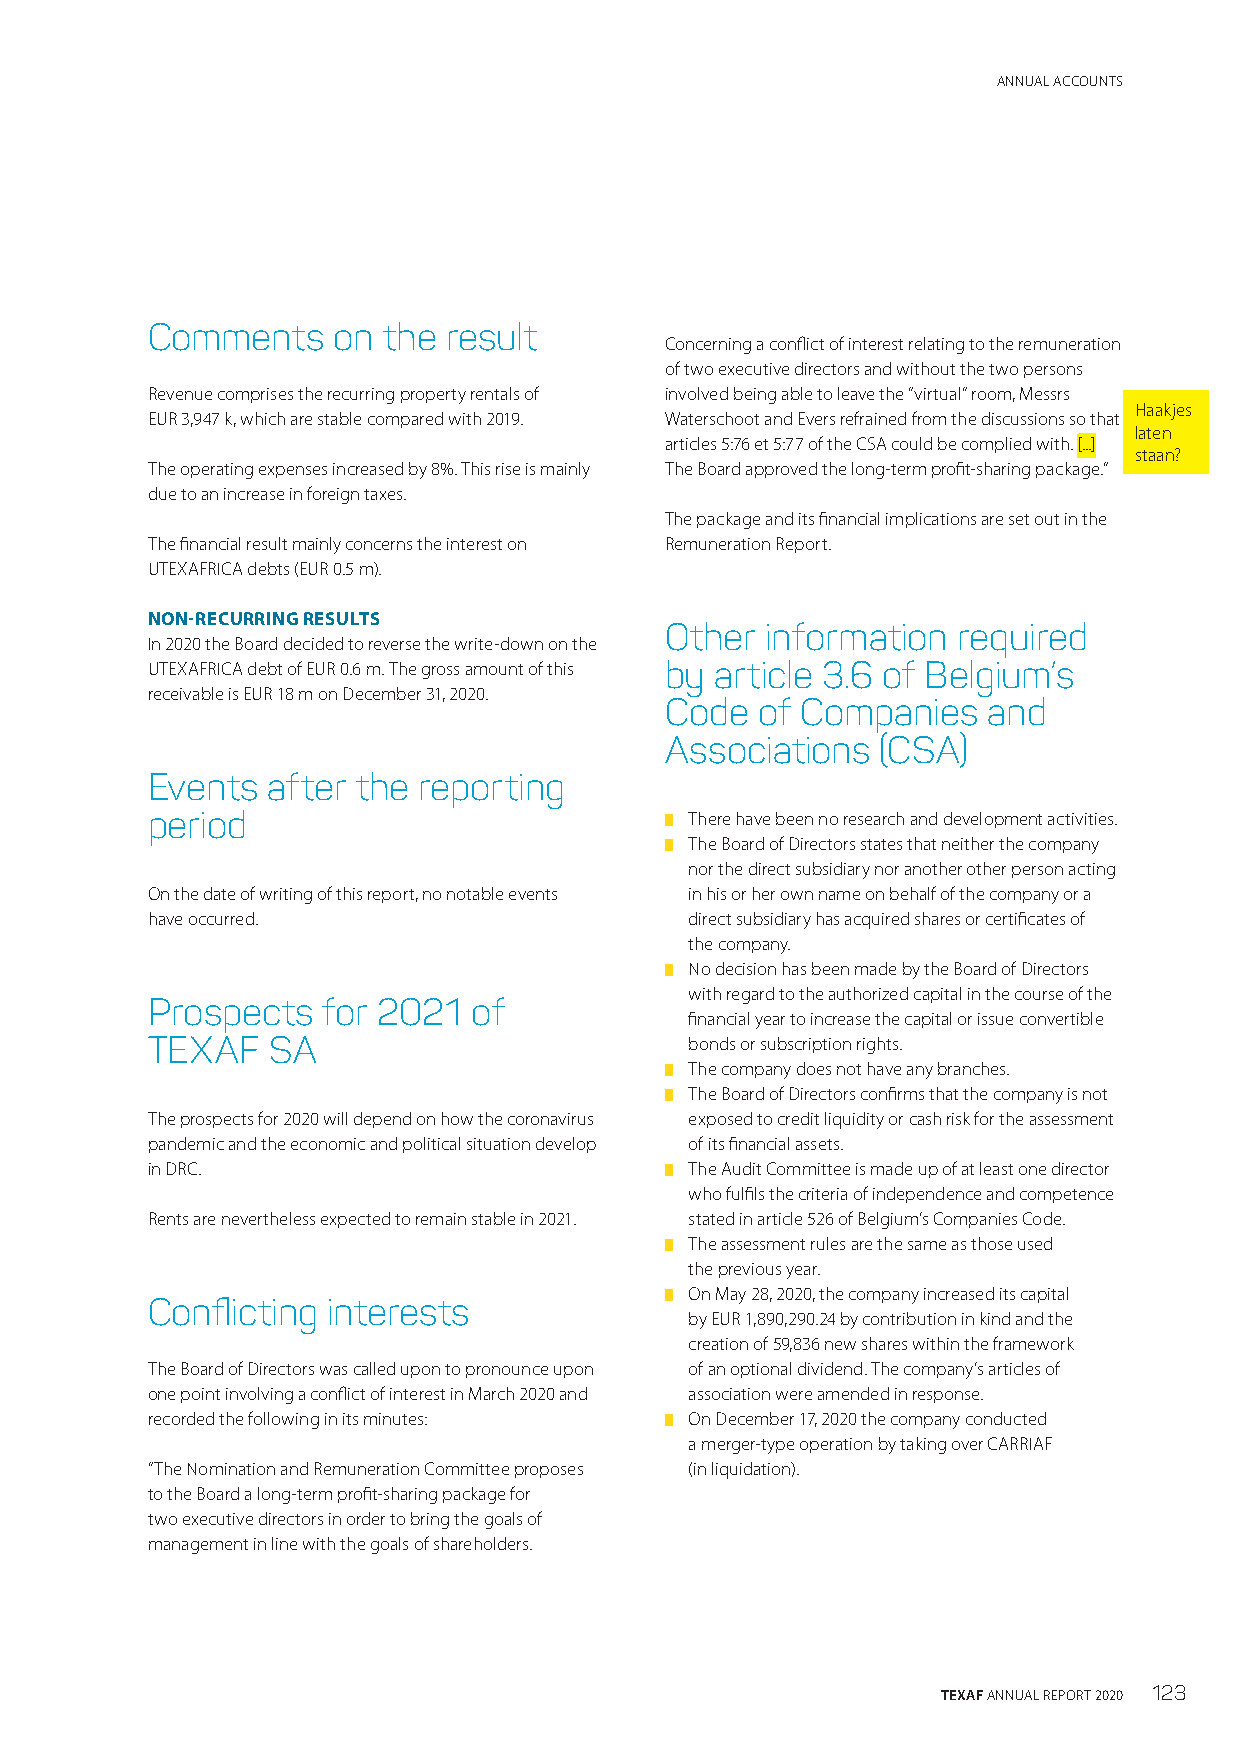
ANNUAL ACCOUNTS
 Comments    on the result
 Concerning a conflict of interest relating to the remuneration
 of two executive directors and without the two persons
 Revenue comprises the recurring property rentals of involved being able to leave the “virtual” room, Messrs
 Haakjes
 EUR 3,947 k, which are stable compared with 2019. Waterschoot and Evers refrained from the discussions so that
 laten
 articles 5:76 et 5:77 of the CSA could be complied with. [...]
 staan?
 The operating expenses increased by 8%. This rise is mainly The Board approved the long-term profit-sharing package.”
 due to an increase in foreign taxes.
 The package and its financial implications are set out in the
 The financial result mainly concerns the interest on Remuneration Report.
 UTEXAFRICA debts (EUR 0.5 m).
 NON-RECURRING RESULTS
 Other  information required
 In 2020 the Board decided to reverse the write-down on the
 UTEXAFRICA debt of EUR 0.6 m. The gross amount of this by article 3.6 of Belgium’s
 receivable is EUR 18 m on December 31, 2020.
 Code  of Companies   and
 Associations  (CSA)
 Events  after the reporting
 period                            █ There have been no research and development activities.
 █ The Board of Directors states that neither the company
 nor the direct subsidiary nor another other person acting
 On the date of writing of this report, no notable events in his or her own name on behalf of the company or a
 have occurred.                      direct subsidiary has acquired shares or certificates of
 the company.
 █ No decision has been made by the Board of Directors
 with regard to the authorized capital in the course of the
 Prospects  for 2021  of
 financial year to increase the capital or issue convertible
 TEXAF   SA                          bonds or subscription rights.
 █ The company does not have any branches.
 █ The Board of Directors confirms that the company is not
 The prospects for 2020 will depend on how the coronavirus exposed to credit liquidity or cash risk for the assessment
 pandemic and the economic and political situation develop of its financial assets.
 in DRC.                           █ The Audit Committee is made up of at least one director
 who fulfils the criteria of independence and competence
 Rents are nevertheless expected to remain stable in 2021. stated in article 526 of Belgium’s Companies Code.
 █ The assessment rules are the same as those used
 the previous year.
 █ On May 28, 2020, the company increased its capital
 Conflicting interests
 by EUR 1,890,290.24 by contribution in kind and the
 creation of 59,836 new shares within the framework
 The Board of Directors was called upon to pronounce upon of an optional dividend. The company’s articles of
 one point involving a conflict of interest in March 2020 and association were amended in response.
 recorded the following in its minutes: █ On December 17, 2020 the company conducted
 a merger-type operation by taking over CARRIAF
 “The Nomination and Remuneration Committee proposes (in liquidation).
 to the Board a long-term profit-sharing package for
 two executive directors in order to bring the goals of
 management in line with the goals of shareholders.
 TEXAF ANNUAL REPORT 2020 123